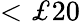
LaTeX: <\textnormal{£}20